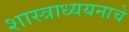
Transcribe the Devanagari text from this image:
शास्त्राध्ययनाचे